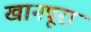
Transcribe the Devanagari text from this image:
खानपूरा